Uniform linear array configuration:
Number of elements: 48
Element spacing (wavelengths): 0.75
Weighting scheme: binomial
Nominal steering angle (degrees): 15
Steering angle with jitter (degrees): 16.459
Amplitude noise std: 0.05
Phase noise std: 0.05

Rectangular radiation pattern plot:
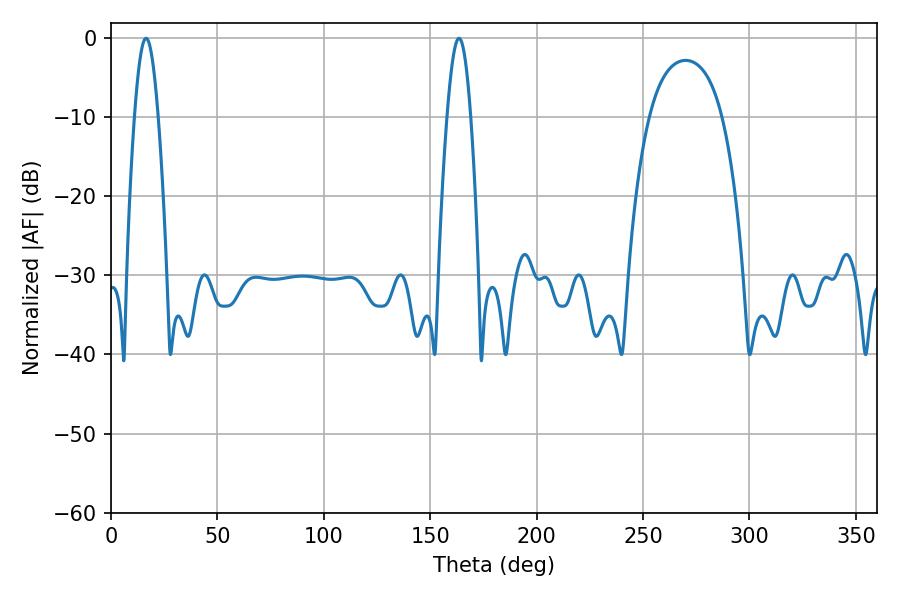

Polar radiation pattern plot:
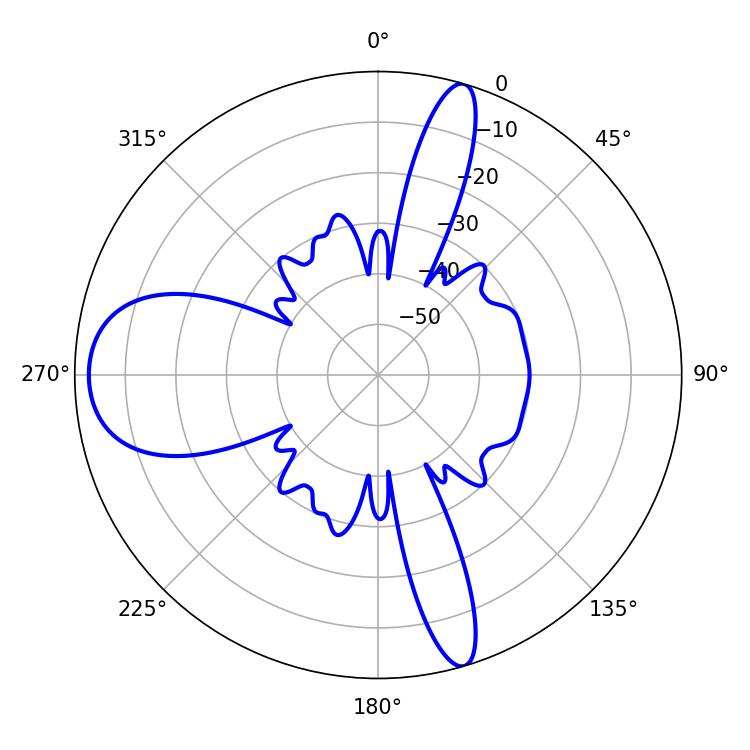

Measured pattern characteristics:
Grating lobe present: TRUE
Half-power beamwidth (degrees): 5.94
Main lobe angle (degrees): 16.56